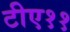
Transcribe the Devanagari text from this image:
टीए११